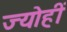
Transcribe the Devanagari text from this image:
ज्योहीं